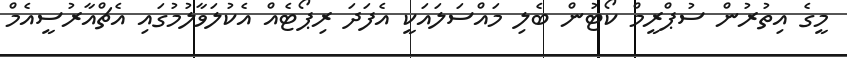
މީގެ އިތުރުން ސުޕްރީމް ކޯޓުން ބެލި މައްސަލައަކީ އެފަދަ ރިޕޯޓެއް އެކުލަވާލުމުގައި އެޗްއާރުސީއެމް